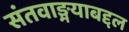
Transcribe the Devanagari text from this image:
संतवाङ्मयाबद्दल